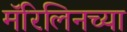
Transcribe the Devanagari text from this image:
मॅरिलिनच्या